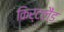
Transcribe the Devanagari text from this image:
किर्टलैंड